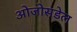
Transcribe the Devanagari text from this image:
ओजोसडेल